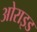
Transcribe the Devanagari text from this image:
ओराइड